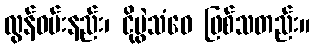
လွန်ဝမ်းနည်း၊ ငိုပွဲသံဝေ ဖြစ်သတည်း။